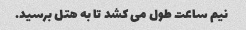
نیم ساعت طول می کشد تا به هتل برسید.